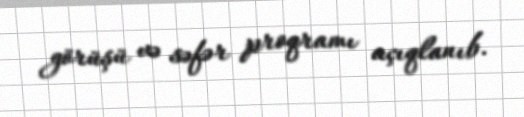
görüşü və səfər proqramı açıqlanıb.